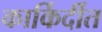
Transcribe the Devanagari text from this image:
कार्किर्दीत